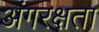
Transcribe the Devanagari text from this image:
अंगरक्षता